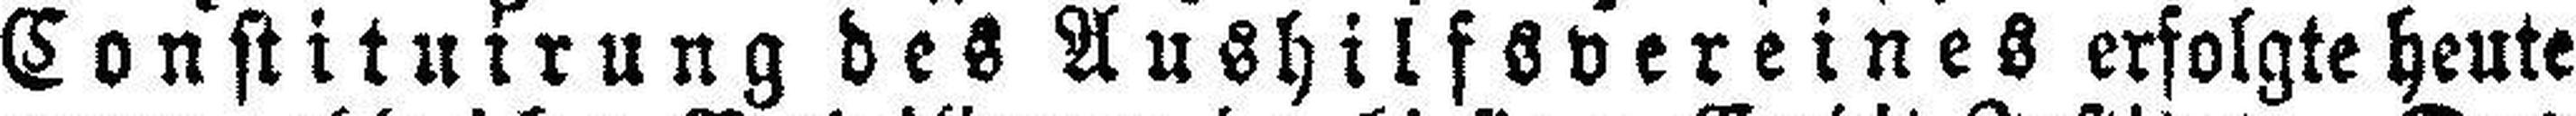
Constituirung des Aushilfsvereines erfolgte heute